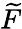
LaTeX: \widetilde{F}